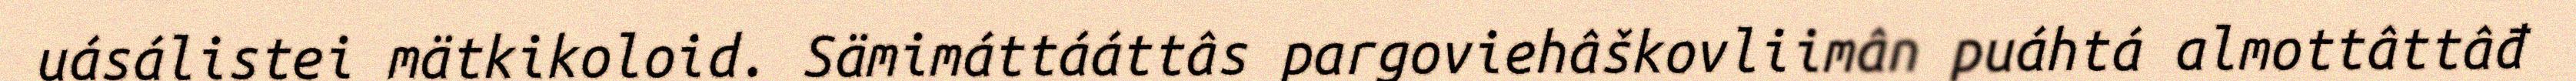
uásálistei mätkikoloid. Sämimáttááttâs pargoviehâškovliimân puáhtá almottâttâđ